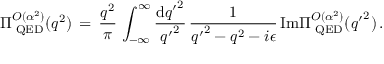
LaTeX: \Pi _ { \mathrm { \tiny ~ Q E D } } ^ { { \cal { O } } ( \alpha ^ { 2 } ) } ( q ^ { 2 } ) \, = \, \frac { q ^ { 2 } } { \pi } \, \int _ { - \infty } ^ { \infty } \frac { \mathrm { d } { q ^ { \prime } } ^ { 2 } } { { q ^ { \prime } } ^ { 2 } } \, \frac { 1 } { { q ^ { \prime } } ^ { 2 } - q ^ { 2 } - i \epsilon } \, \mathrm { I m } \Pi _ { \mathrm { \tiny ~ Q E D } } ^ { { \cal { O } } ( \alpha ^ { 2 } ) } ( { q ^ { \prime } } ^ { 2 } ) \, .